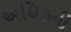
અધિકની